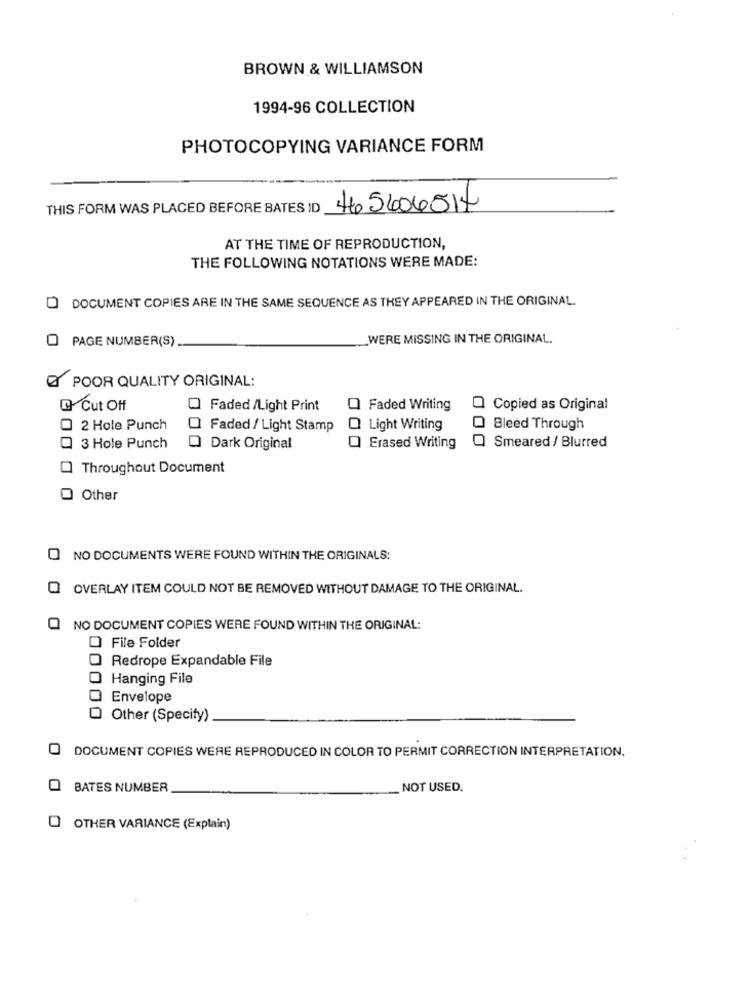
BROWN & WILLIAMSON
1994-96 COLLECTION
PHOTOCOPYING VARIANCE FORM
THIS FORM WAS PLACED BEFORE BATES ID
465606511
AT THE TIME OF REPRODUCTION,
THE FOLLOWING NOTATIONS WERE MADE:
D DOCUMENT COPIES ARE IN THE SAME SEQUENCE AS THEY APPEARED IN THE ORIGINAL.
PAGE NUMBER(S)
WERE MISSING IN THE ORIGINAL.
@ POOR QUALITY ORIGINAL:
G Cut Off
O Faded /Light Print
Faded Writing
Copied as Original
2 Hole Punch
Faded / Light Stamp
Light Writing
Bleed Through
3 Hole Punch
Dark Original
Erased Writing
Smeared / Blurred
Throughout Document
Other
NO DOCUMENTS WERE FOUND WITHIN THE ORIGINALS:
OVERLAY ITEM COULD NOT BE REMOVED WITHOUT DAMAGE TO THE ORIGINAL.
O NO DOCUMENT COPIES WERE FOUND WITHIN THE ORIGINAL:
O File Folder
O Redrope Expandable File
Hanging File
Envelope
Other (Specify)
DOCUMENT COPIES WERE REPRODUCED IN COLOR TO PERMIT CORRECTION INTERPRETATION.
BATES NUMBER
NOT USED.
OTHER VARIANCE (Explain)